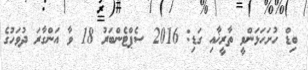
ބިޑް ހުށަހަޅަންވީ ތާރީޚާއި ގަޑި: 2016 ސެޕްޓެންބަރު 18 ވާ އަންގާރަ ދުވަހުގެ